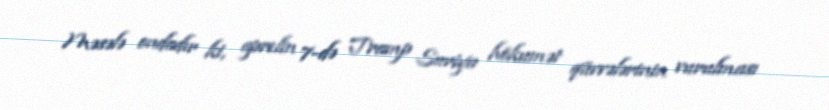
Məsələ ondadır ki, aprelin 7-də Tramp Suriya hökumət qüvvələrinin vurulması